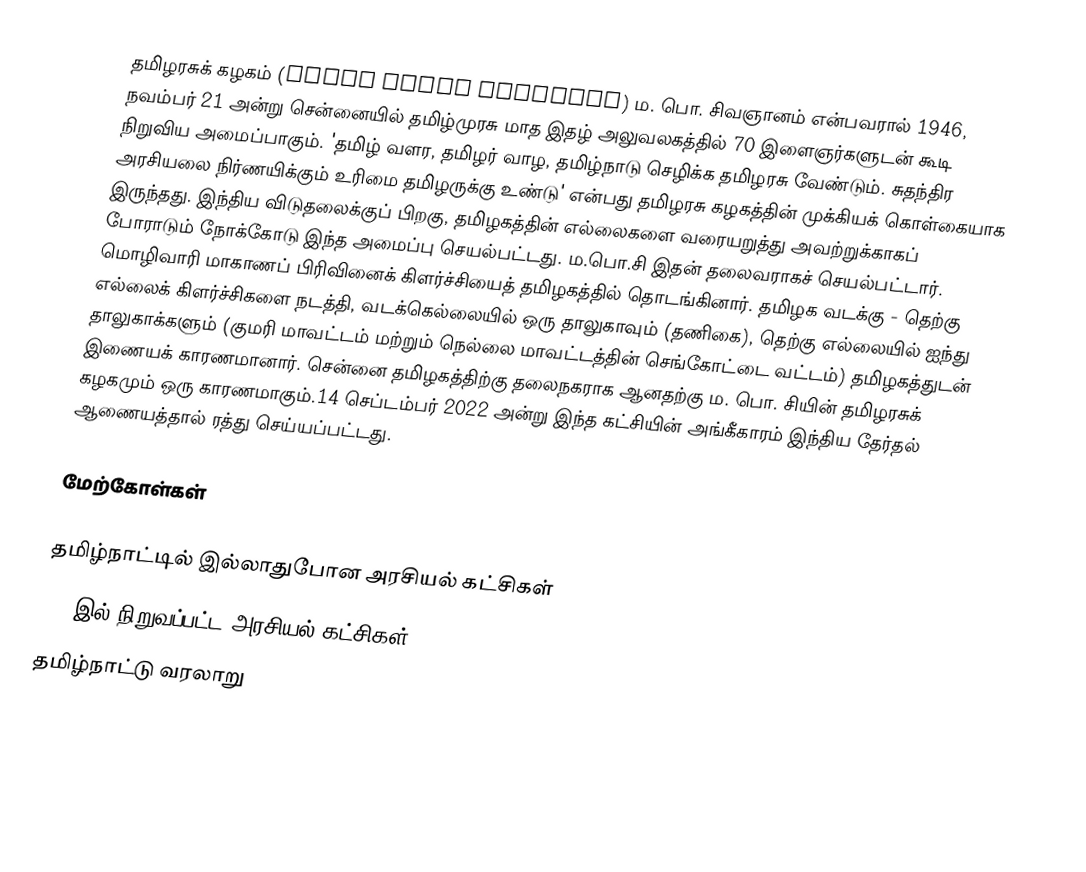
தமிழரசுக் கழகம் (Tamil Arasu Kazhagam) ம. பொ. சிவஞானம் என்பவரால் 1946, நவம்பர் 21 அன்று சென்னையில் தமிழ்முரசு மாத இதழ் அலுவலகத்தில் 70 இளைஞர்களுடன் கூடி நிறுவிய அமைப்பாகும். 'தமிழ் வளர, தமிழர் வாழ, தமிழ்நாடு செழிக்க தமிழரசு வேண்டும். சுதந்திர அரசியலை நிர்ணயிக்கும் உரிமை தமிழருக்கு உண்டு' என்பது தமிழரசு கழகத்தின் முக்கியக் கொள்கையாக இருந்தது. இந்திய விடுதலைக்குப் பிறகு, தமிழகத்தின் எல்லைகளை வரையறுத்து அவற்றுக்காகப் போராடும் நோக்கோடு இந்த அமைப்பு செயல்பட்டது. ம.பொ.சி இதன் தலைவராகச் செயல்பட்டார். மொழிவாரி மாகாணப் பிரிவினைக் கிளர்ச்சியைத் தமிழகத்தில் தொடங்கினார். தமிழக வடக்கு - தெற்கு எல்லைக் கிளர்ச்சிகளை நடத்தி, வடக்கெல்லையில் ஒரு தாலுகாவும் (தணிகை), தெற்கு எல்லையில் ஐந்து தாலுகாக்களும் (குமரி மாவட்டம் மற்றும் நெல்லை மாவட்டத்தின் செங்கோட்டை வட்டம்) தமிழகத்துடன் இணையக் காரணமானார். சென்னை தமிழகத்திற்கு தலைநகராக ஆனதற்கு ம. பொ. சியின் தமிழரசுக் கழகமும் ஒரு காரணமாகும்.14 செப்டம்பர் 2022 அன்று இந்த கட்சியின் அங்கீகாரம் இந்திய தேர்தல் ஆணையத்தால் ரத்து செய்யப்பட்டது.

மேற்கோள்கள்

தமிழ்நாட்டில் இல்லாதுபோன அரசியல் கட்சிகள்
1946இல் நிறுவப்பட்ட அரசியல் கட்சிகள்
தமிழ்நாட்டு வரலாறு